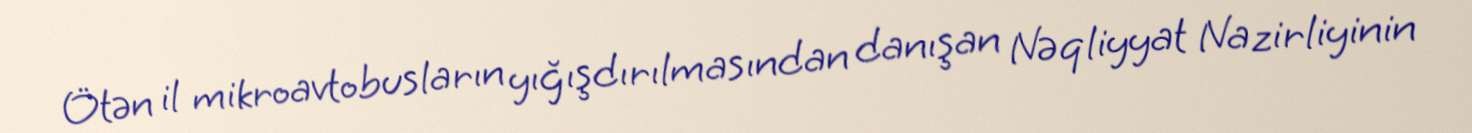
Ötən il mikroavtobusların yığışdırılmasından danışan Nəqliyyat Nazirliyinin